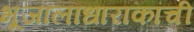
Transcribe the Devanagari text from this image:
भूजालाधाराकांची